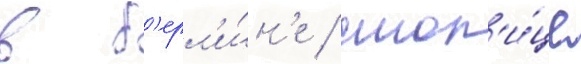
в б'ерл'и́н'е / стол'и́це